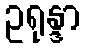
ဥရုန္ဒာ